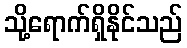
သို့ရောက်ရှိနိုင်သည်